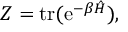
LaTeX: Z = \operatorname { t r } ( \mathrm { e } ^ { - \beta { \hat { H } } } ) ,